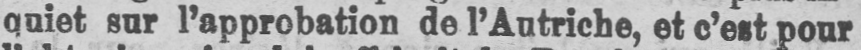
quiet sur 1’approbation de l’Autriche, et c’est pour